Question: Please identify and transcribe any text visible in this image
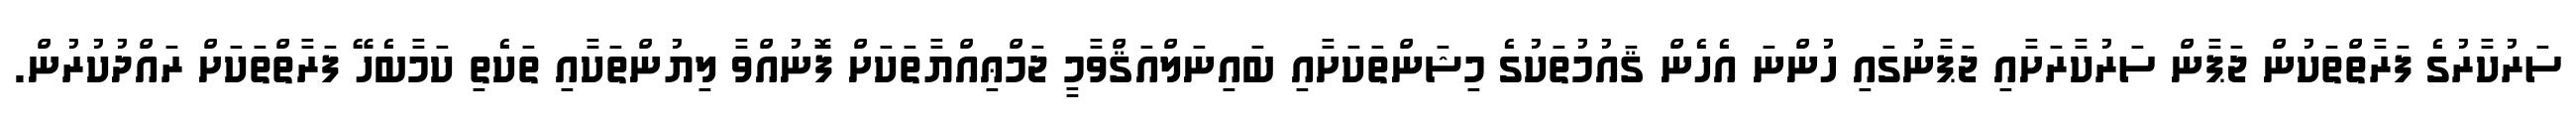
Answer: ސަރުކާރުގެ ފަރާތްތަކުން ޖަޕާން ސަރުކާރަށާއި ޖަޕާނުގައި ހުންނަ އެހެން ޤައުމުތަކުގެ މިޝަންތަކަށާއި ބައިނަލްއަޤްވާމީ ޖަމްޢިއްޔާތަކަށް ފޮނުއްވާ ލިޔުންތަކާއި ތަކެތި ކަމާބެހޭ ފަރާތްތަކަށް ރައްދުކުރުން.